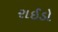
રાઈડો